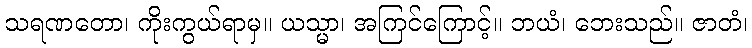
သရဏတော၊ ကိုးကွယ်ရာမှ။ ယသ္မာ၊ အကြင်ကြောင့်။ ဘယံ၊ ဘေးသည်။ ဇာတံ၊